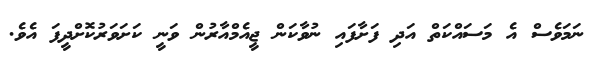
ނަމަވެސް އެ މަސައްކަތް އަދި ފަށާފައި ނުވާކަން ޖީއެމްއާރުން ވަނީ ކަށަވަރުކޮށްދީފަ އެވެ.